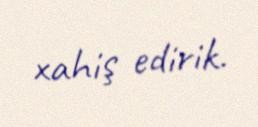
xahiş edirik.